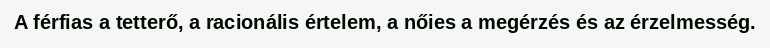
A férfias a tetterő, a racionális értelem, a nőies a megérzés és az érzelmesség.